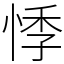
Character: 悸